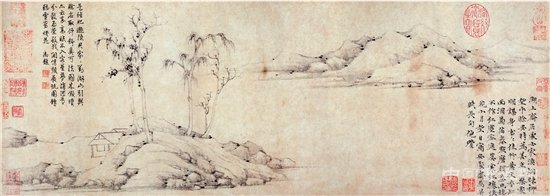
太上无败，其次败而有以成，此之谓用民。